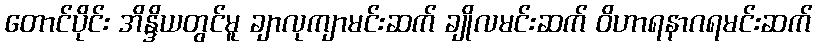
တောင်ပိုင်း အိန္ဒိယတွင်မူ ချာလုကျာမင်းဆက် ချိုလမင်းဆက် ဝိဟာရနာဂရမင်းဆက်